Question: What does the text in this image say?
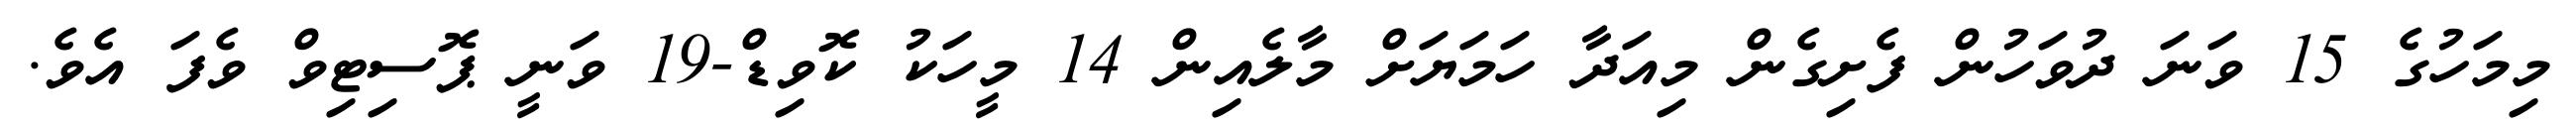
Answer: މިމަހުގެ 15 ވަނަ ދުވަހުން ފެށިގެން މިއަދާ ހަމަޔަށް މާލެއިން 14 މީހަކު ކޮވިޑް-19 ވަނީ ޕޮސިޓިވް ވެފަ އެވެ.